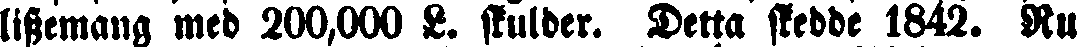
lissemang med 200,000 L. skulder. Detta skedde 1842. Ru